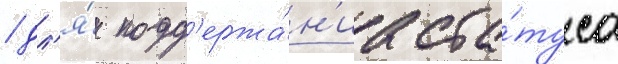
/ дл'я́ подд'ержа́н'иа ста́туса